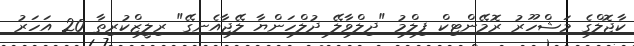
ކާޖޮލްގެ މަޝްހޫރު ރޮމޭންޓިކް ފިލްމު "ދިލްވާލޭ ދުލްހަންޔާ ލޭޖާއެނގޭ" ރިލީޒްކުރިތާ 20 އަހަރު